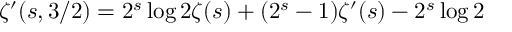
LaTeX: \zeta ^ { \prime } ( s , 3 / 2 ) = 2 ^ { s } \log 2 \zeta ( s ) + ( 2 ^ { s } - 1 ) \zeta ^ { \prime } ( s ) - 2 ^ { s } \log 2